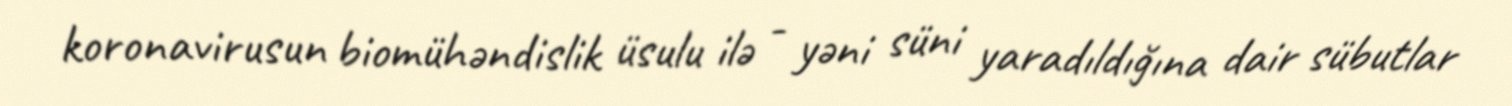
koronavirusun biomühəndislik üsulu ilə - yəni süni yaradıldığına dair sübutlar